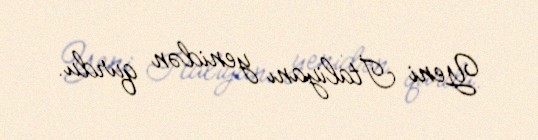
Yeni İtaliyanı yenidən qurdu.